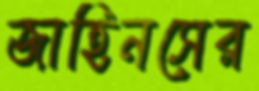
জাহিনসের